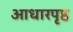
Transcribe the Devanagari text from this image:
आधारपृष्ठ